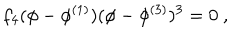
f _ { 4 } ( \phi - \phi ^ { ( 1 ) } ) ( \phi - \phi ^ { ( 3 ) } ) ^ { 3 } = 0 \ ,